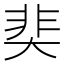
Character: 奜